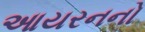
આયરનનો